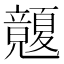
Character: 𥫏